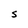
Character: S